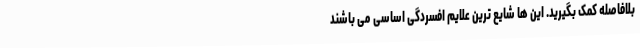
بلافاصله کمک بگیرید. این ها شایع ترین علايم افسردگی اساسی می باشند